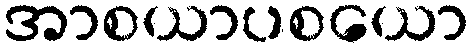
အာစယာပစယော